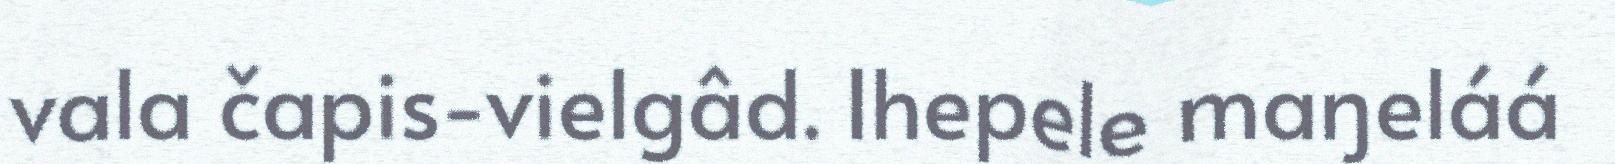
vala čapis-vielgâd. Ihepele maŋeláá